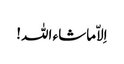
اِلاّماشاء اللہ!